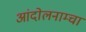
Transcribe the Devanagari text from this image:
आंदोलनाम्चा